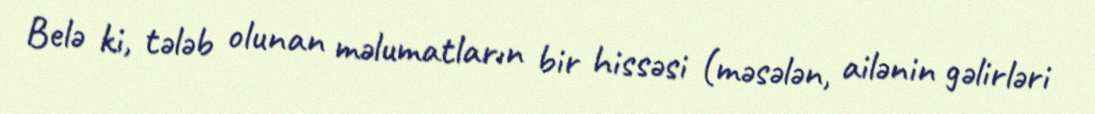
Belə ki, tələb olunan məlumatların bir hissəsi (məsələn, ailənin gəlirləri